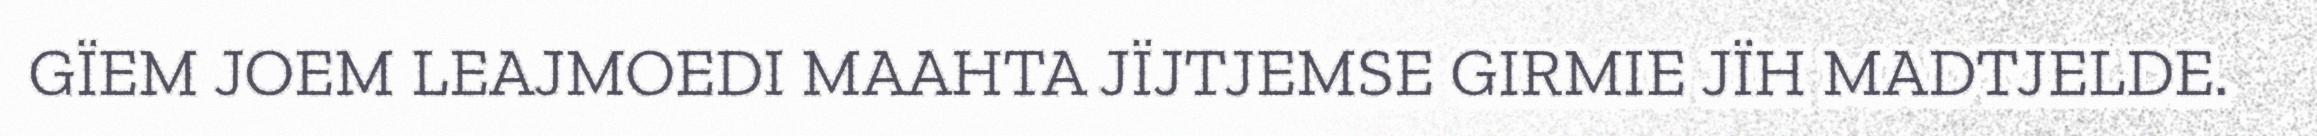
GÏEM JOEM LEAJMOEDI MAAHTA JÏJTJEMSE GIRMIE JÏH MADTJELDE.